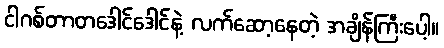
ငါဂစ်တာတဒေါင်ဒေါင်နဲ့ လက်ဆော့နေတဲ့ အချိန်ကြီးပေါ့။